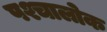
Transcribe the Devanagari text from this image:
पश्चालोक